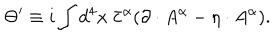
\Theta ^ { \prime } \equiv i \int d ^ { 4 } x \ { \bar { c } } ^ { \alpha } ( \partial \cdot A ^ { \alpha } - \eta \cdot A ^ { \alpha } ) .